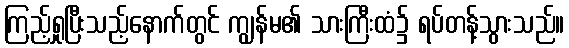
ကြည့်ရှုပြီးသည့်နောက်တွင် ကျွန်မ၏ သားကြီးထံ၌ ရပ်တန့်သွားသည်။